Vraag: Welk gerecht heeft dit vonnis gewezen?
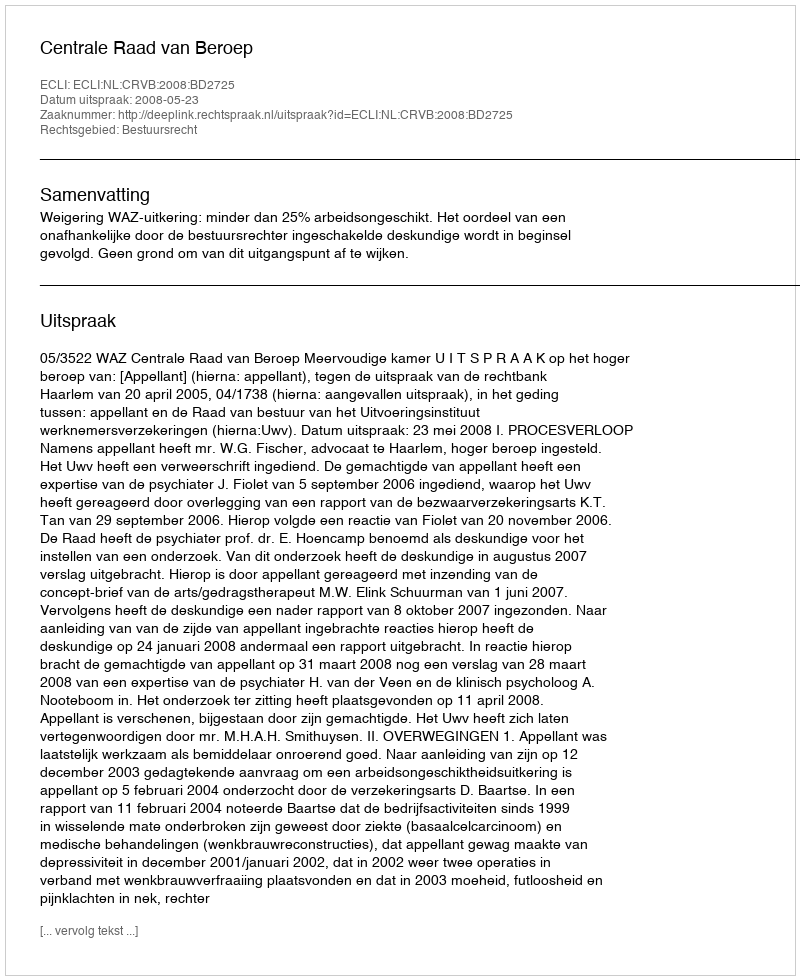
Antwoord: Centrale Raad van Beroep